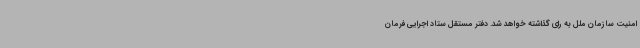
امنیت سازمان ملل به رای گذاشته خواهد شد. دفتر مستقل ستاد اجرایی فرمان